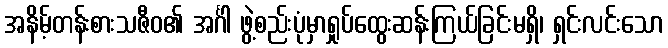
အနိမ့်တန်းစားသဇီဝ၏ အင်္ဂါ ဖွဲ့စည်းပုံမှာရှုပ်ထွေးဆန်းကြယ်ခြင်းမရှိ၊ ရှင်းလင်းသော